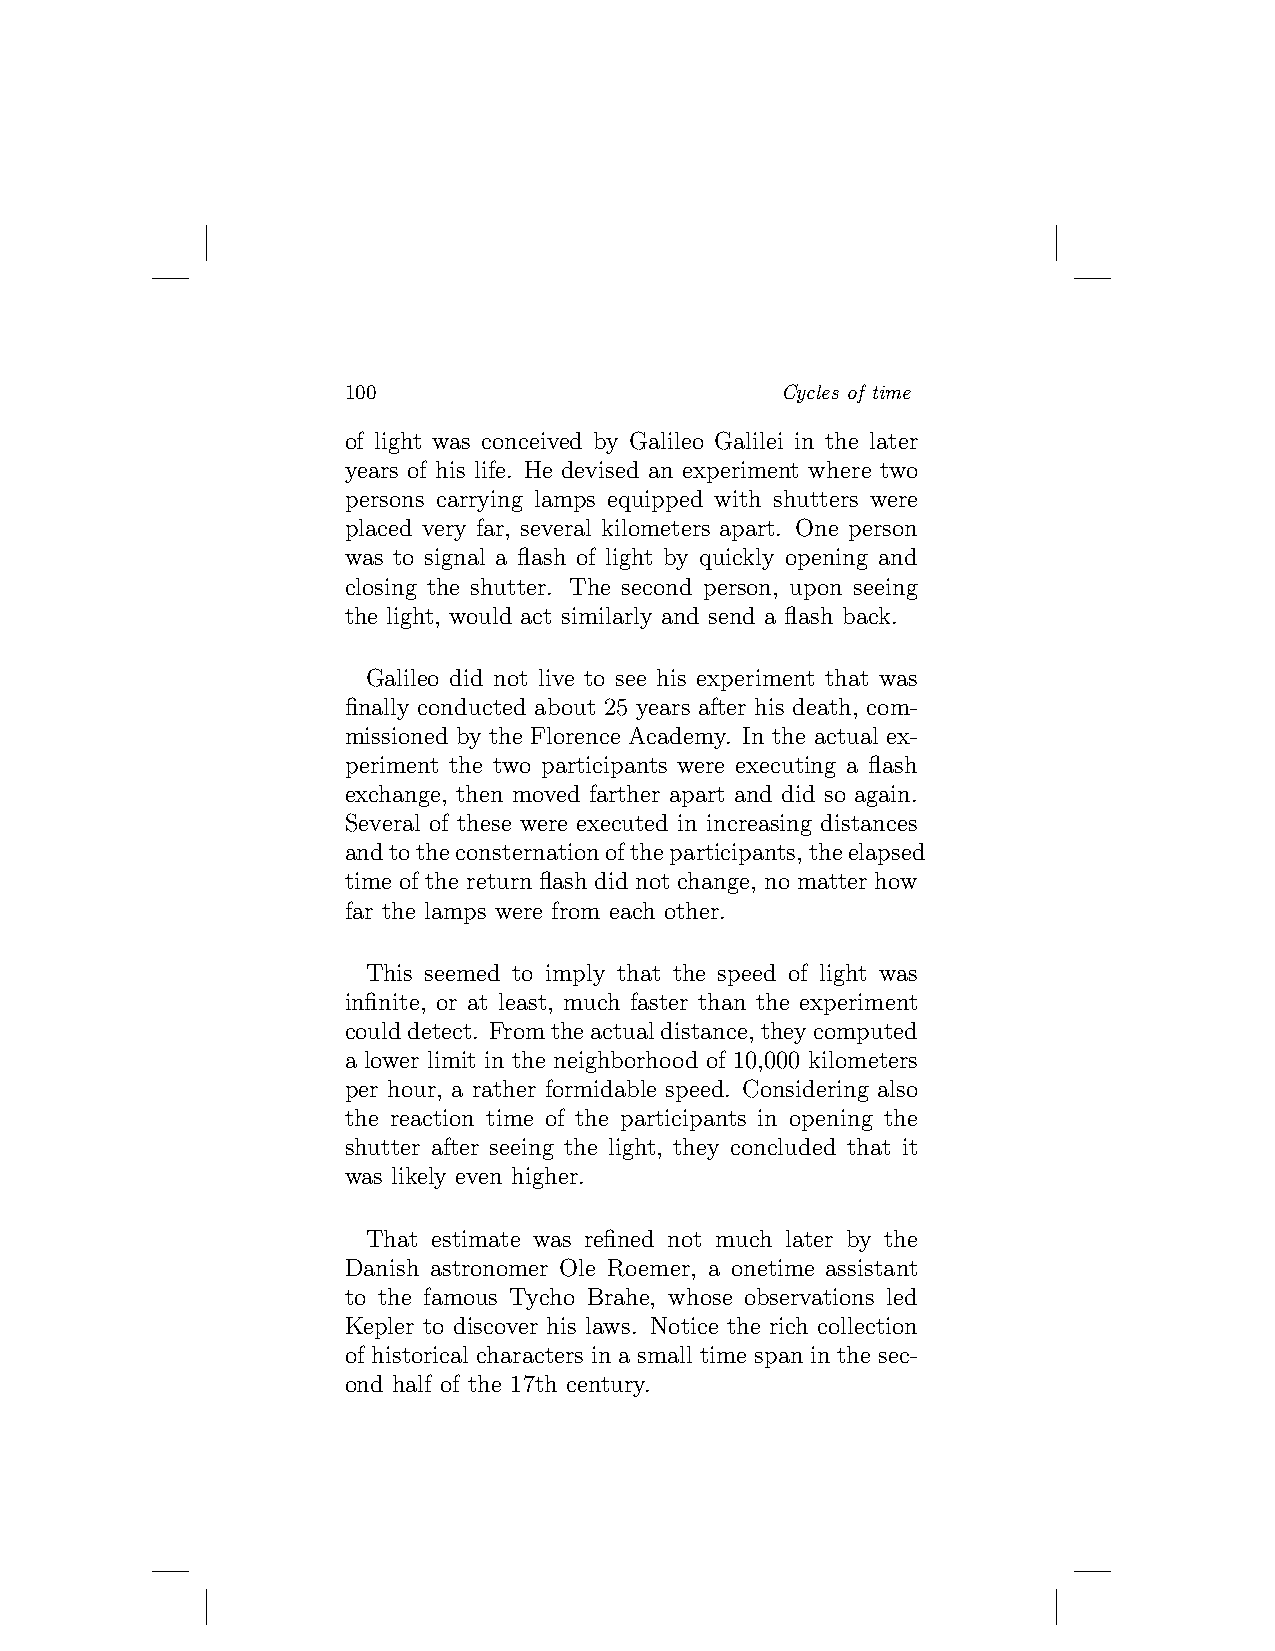
100                          Cycles of time
 of light was conceived by Galileo Galilei in the later
 years of his life. He devised an experiment where two
 persons carrying lamps equipped with shutters were
 placed very far, several kilometers apart. One person
 was to signal a flash of light by quickly opening and
 closing the shutter. The second person, upon seeing
 the light, would act similarly and send a flash back.
 Galileo did not live to see his experiment that was
 finally conducted about 25 years after his death, com-
 missioned by the Florence Academy. In the actual ex-
 periment the two participants were executing a flash
 exchange, then moved farther apart and did so again.
 Several of these were executed in increasing distances
 andtotheconsternationoftheparticipants,theelapsed
 time of the return flash did not change, no matter how
 far the lamps were from each other.
 This seemed to imply that the speed of light was
 infinite, or at least, much faster than the experiment
 coulddetect. Fromtheactualdistance,theycomputed
 a lower limit in the neighborhood of 10,000 kilometers
 per hour, a rather formidable speed. Considering also
 the reaction time of the participants in opening the
 shutter after seeing the light, they concluded that it
 was likely even higher.
 That estimate was refined not much later by the
 Danish astronomer Ole Roemer, a onetime assistant
 to the famous Tycho Brahe, whose observations led
 Kepler to discover his laws. Notice the rich collection
 of historical characters in a small time span in the sec-
 ond half of the 17th century.